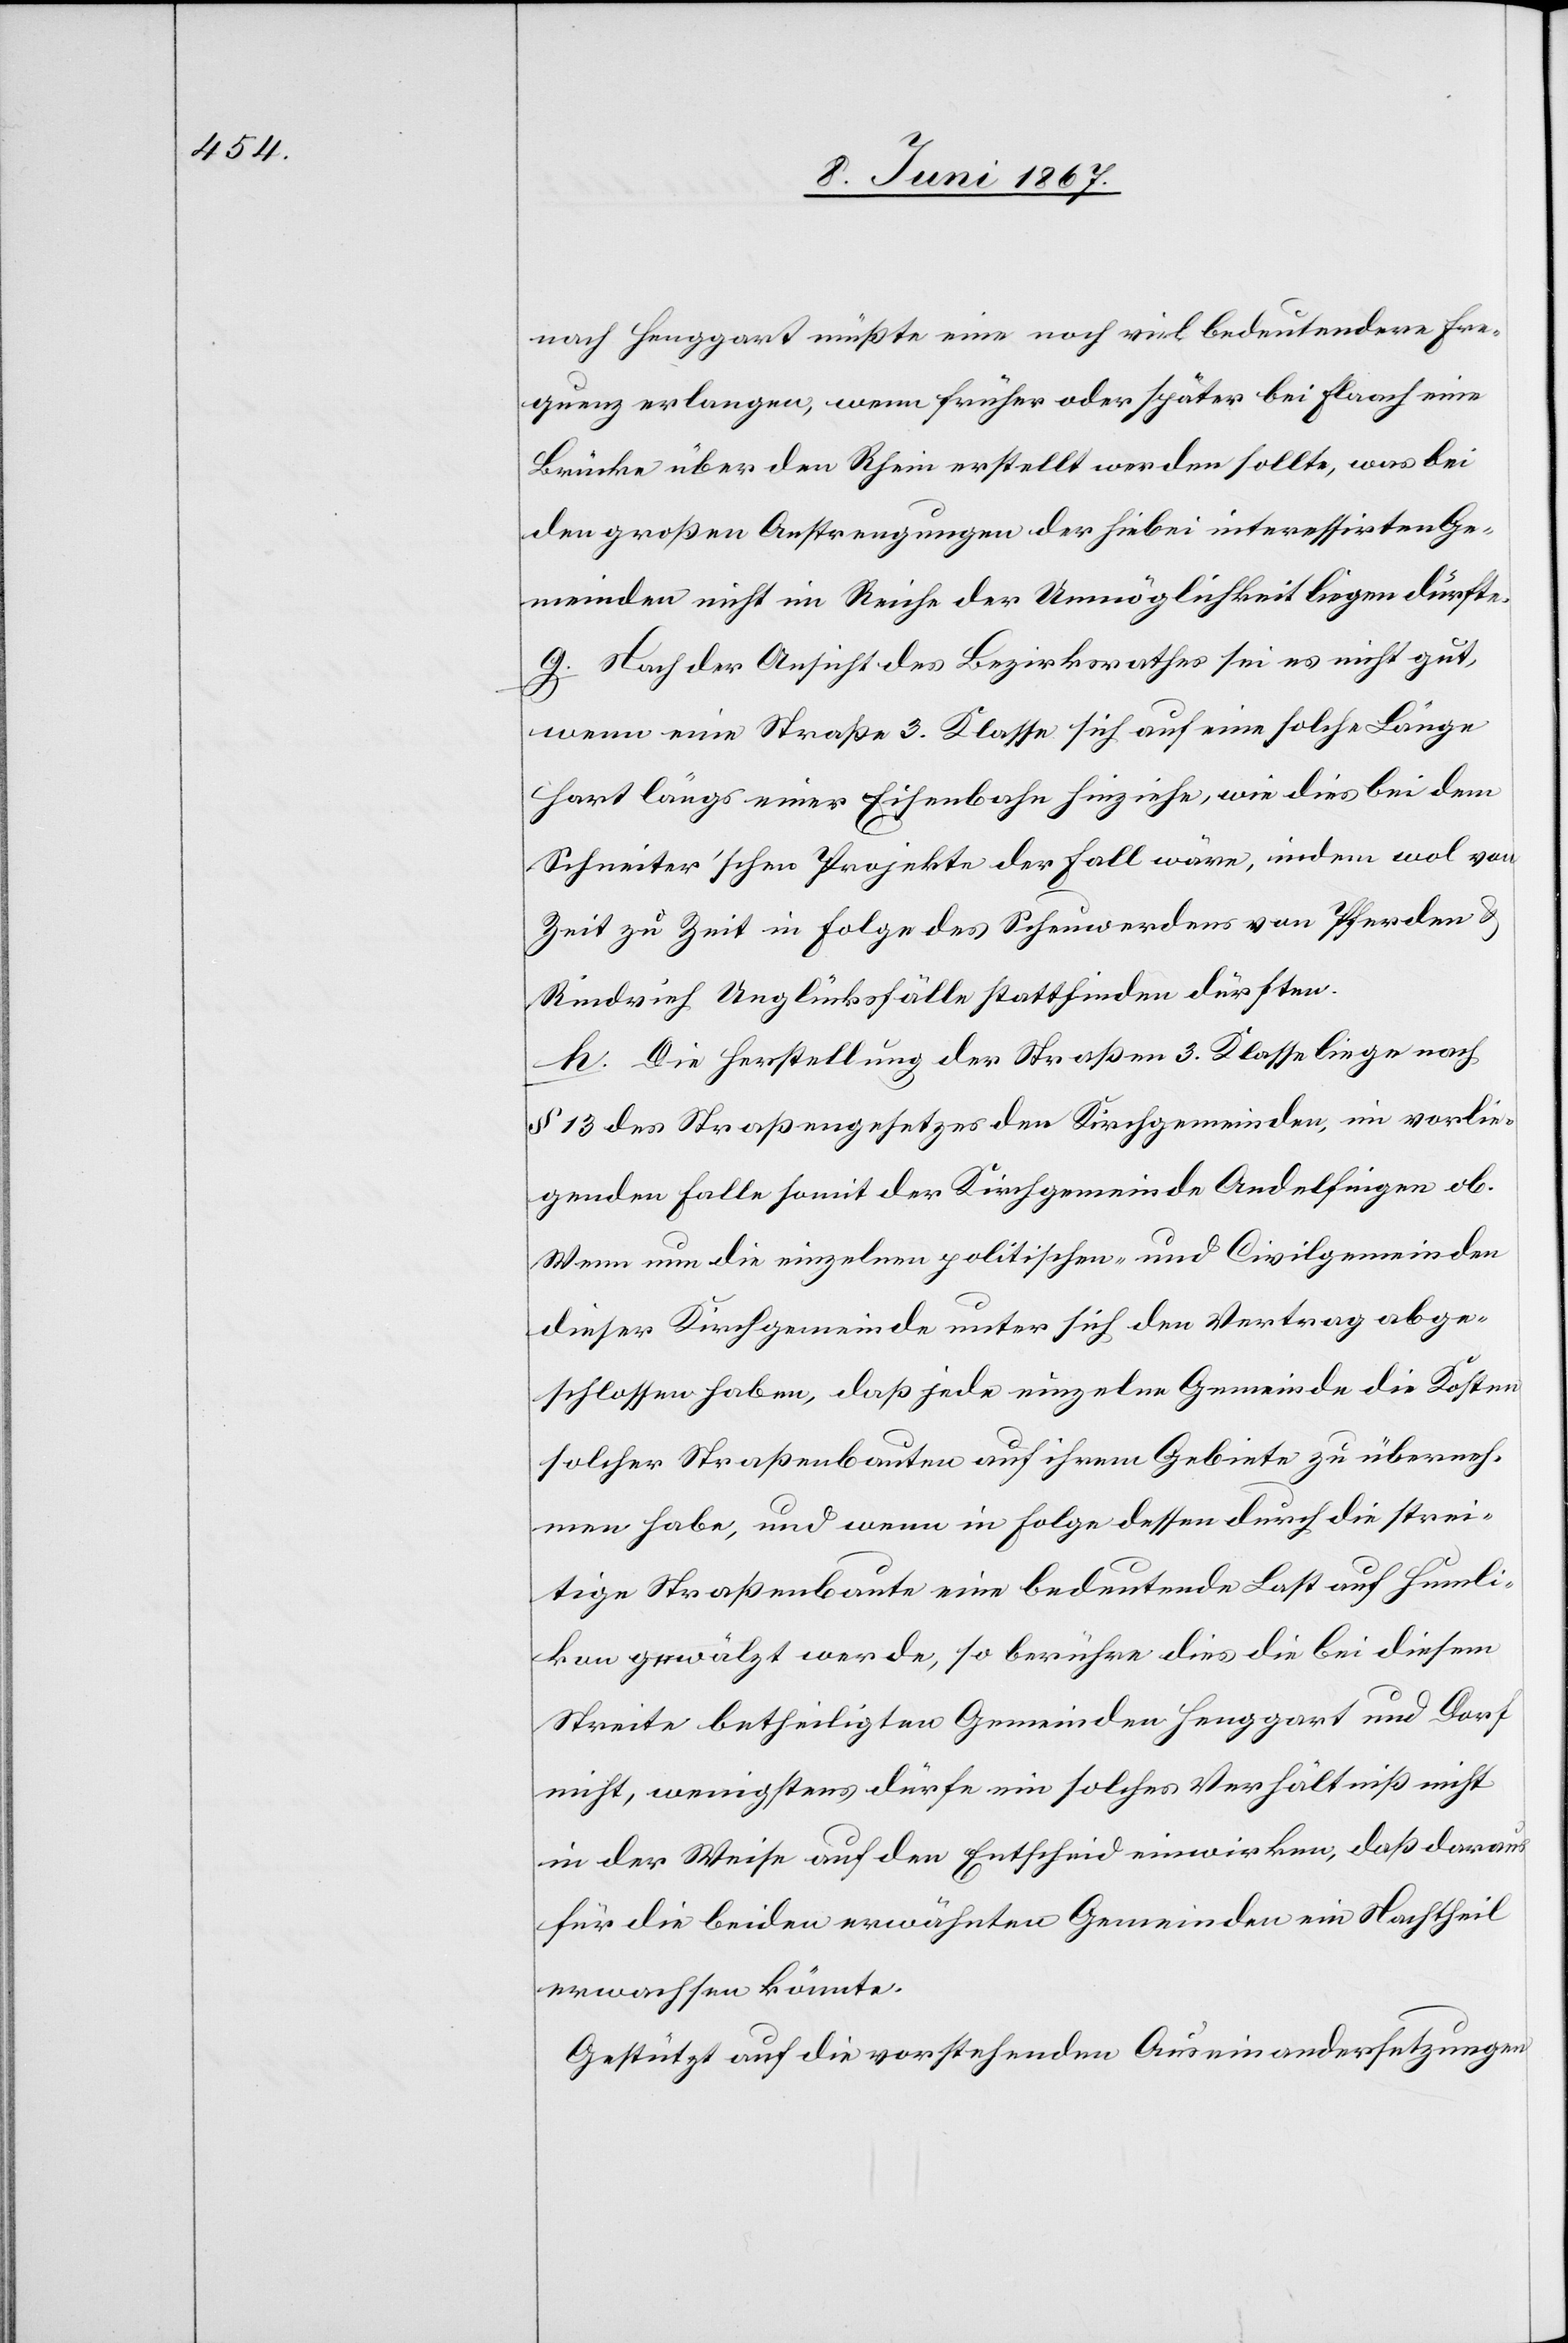
nach Henggart müßte eine noch viel bedeutendere Fre¬
quenz erlangen, wenn früher oder später bei Flaach eine
Brücke über den Rhein erstellt werden sollte, was bei
den großen Anstrengungen der hiebei interessirten Ge¬
meinden nicht im Reiche der Unmöglichkeit liegen dürfte.
g. Nach der Ansicht des Bezirksrathes sei es nicht gut,
wenn eine Straße 3. Klasse sich auf eine solche Länge
fort längs einer Eisenbahn hinziehe, wie dies bei dem
Schneiter’schen Projekte der Fall wäre, indem wol von
Zeit zu Zeit in Folge des Scheuwerdens von Pferden u.
Rindvieh Unglücksfälle stattfinden dürften.
h. Die Herstellung der Straßen 3. Klasse liege nach
§ 13 des Straßengesetzes den Kirchgemeinden, im vorlie¬
genden Falle somit der Kirchgemeinde Andelfingen ob.
Wenn nun die einzelnen politischen- und Civilgemeinden
dieser Kirchgemeinde unter sich den Vertrag abge¬
schlossen haben, daß jede einzelne Gemeinde die Kosten
solcher Straßenbauten auf ihrem Gebiete zu überneh¬
men habe, und wenn in Folge dessen durch die strei¬
tige Straßenbaute eine bedeutende Last auf Humli¬
kon gewälzt werde, so berühre dies die bei diesem
Streite betheiligten Gemeinden Henggart und Dorf
nicht, wenigstens dürfe ein solches Verhältniß nicht
in der Weise auf den Entscheid einwirken, daß daraus
für die beiden erwähnten Gemeinden ein Nachtheil
erwachsen könnte.
Gestützt auf die vorstehenden Auseinandersetzungen